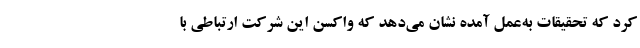
کرد که تحقیقات به‌عمل آمده نشان می‌دهد که واکسن این شرکت ارتباطی با